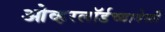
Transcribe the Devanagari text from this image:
ओव्हरलॉर्डच्यावेळी